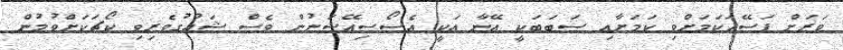
ވަރަށް ފަސޭހަކަމަށްވި ކަމަށާއި ސަބަބަކީ އޭނާ އަކީ އެސޯސިއޭޝަނުން ވެސް ޝައުގުވެރިވި ކޯޗަކަށްވުމުން